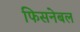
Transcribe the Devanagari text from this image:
फिसनेबल